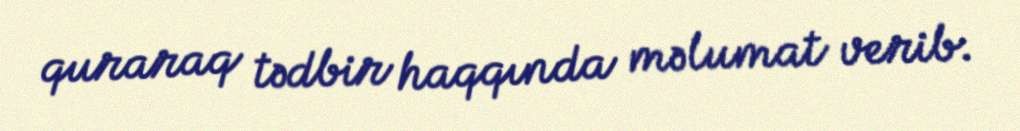
quraraq tədbir haqqında məlumat verib.